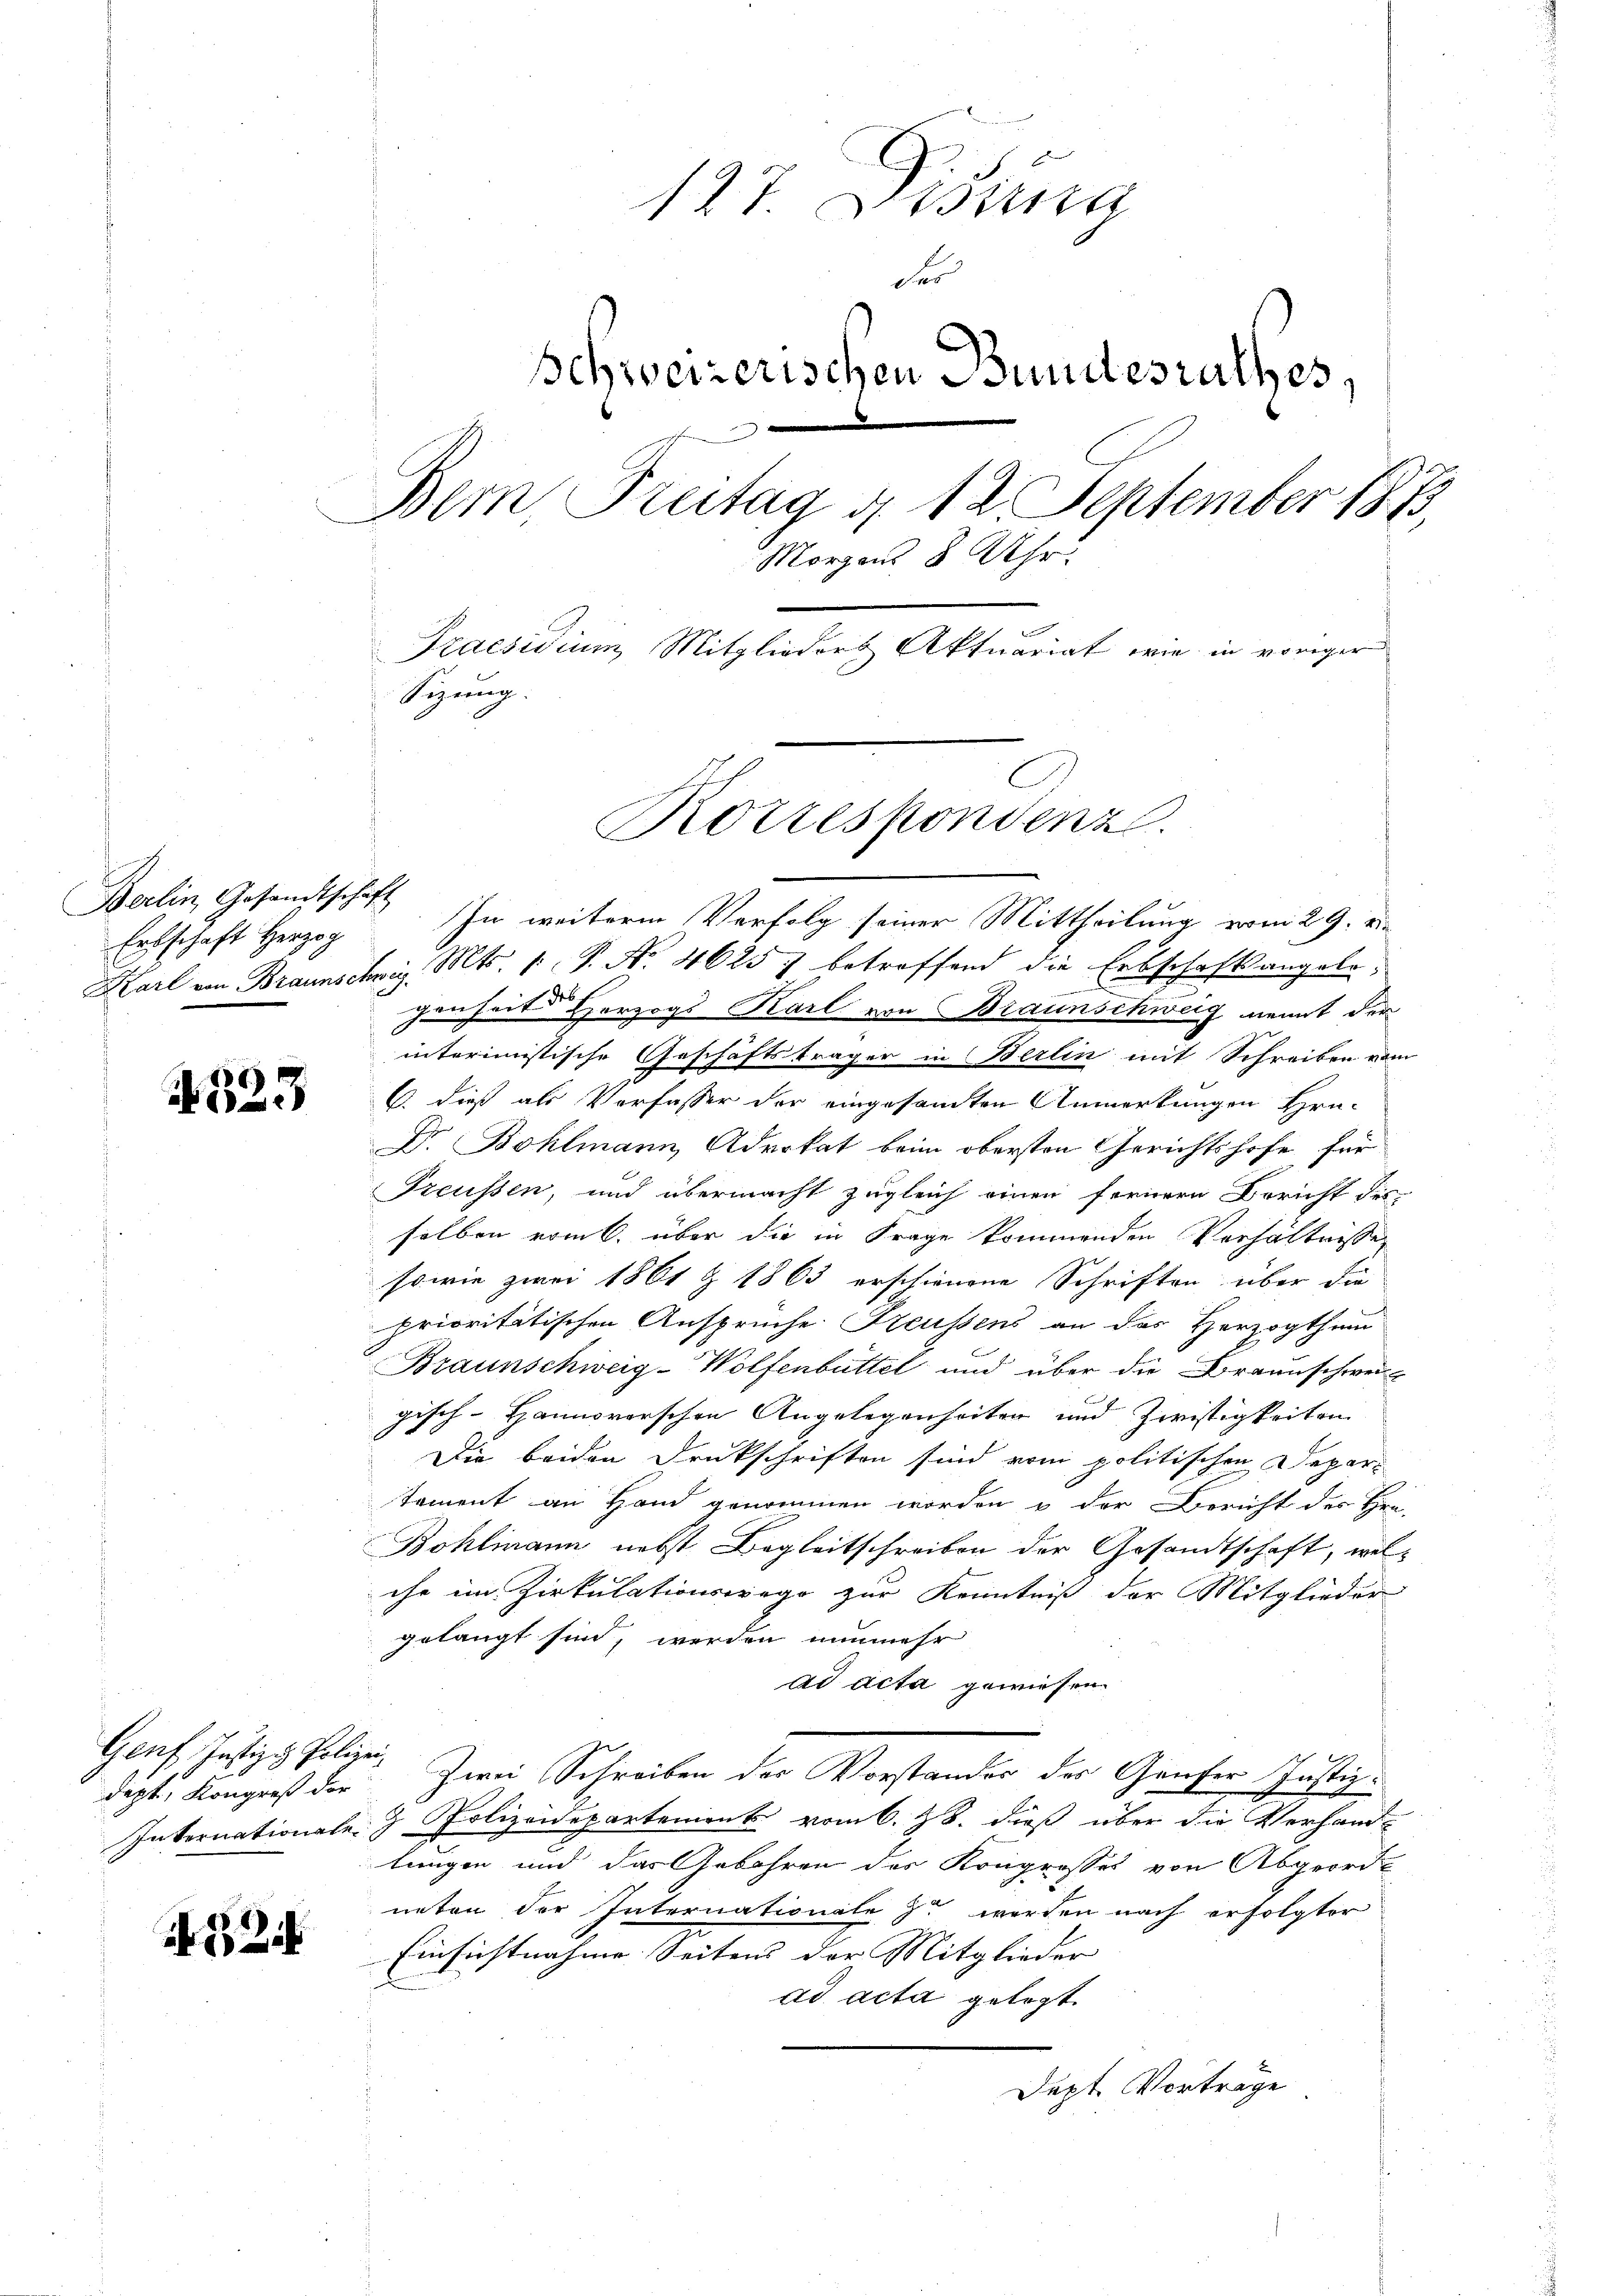
Berlin, Gesandtschaft
Ertschaft Herzog

523

dept, Kongreß der
Internationale

24

127. Distra
Fer
Schweizerischen Bundesrathes,
Bern, Freitag d. 12 September 1815,
Morgens 8 Uhr.
Praesidium, Mitglieder Aktuariat wie in voriger
Sizung.

Rottespondenz.

In weitere Verfolg seiner Mittheilung vom 29. v.
Karl von Braunschwig. Mts. 1. P. Nr. 46257 betreffend die Erbschaftsangelegenheit Herzogs Karl von Braunschweig nennt der
interimistische Geschäftsträger in Berlin mit Schreiben vom
C. dieß als Verfasser der eingesandten Anmerkungen Hra-
Dr. Bohlmann Advokat beim obersten Gerichtshofe für
Treussen, und übermacht zugleich einen fernern Bericht des
selben vom 6. über die in Frage kommenden Verhältnisse
sowie zwei 1861 & 1863 erschienene Schriften über die
prioritätischen Ansprüche Heussens an das Herzogthum
Braunschweig-Wolfenbüttel und über die Braunschwei
gisch-Hannoverschen Angelegenheiter und Zwistigkeiten
Die beiden Druckschriften sind vom politischen Depar-
tament an Hand genommen worden & der Bericht des Hrn.
Bohlimann nebst Begleitschreiben der Gesandtschaft, welche im Zirkulationsrege zur Kenntniß der Mitglieder
gelangt sind, werden nunmehr
ad acta gewiesen
Genf Justiz- Polie. Zwei Schreiben der Vorstandes der Grufer Justiz¬
& Polizeidepartemont vom 6. Z. dieß über die Verhand-
lungen und das Gebähren des Kongrosses von Abgeord
neten der Internationale zu werden nach erfolgter
Einsichtnahme Seitens der Mitglieder
ad acta gelegt.
Dept. Vorträge